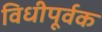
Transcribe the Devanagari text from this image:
विधीपूर्वक